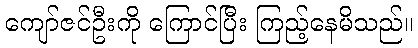
ကျော်ဇင်ဦးကို ကြောင်ပြီး ကြည့်နေမိသည်။